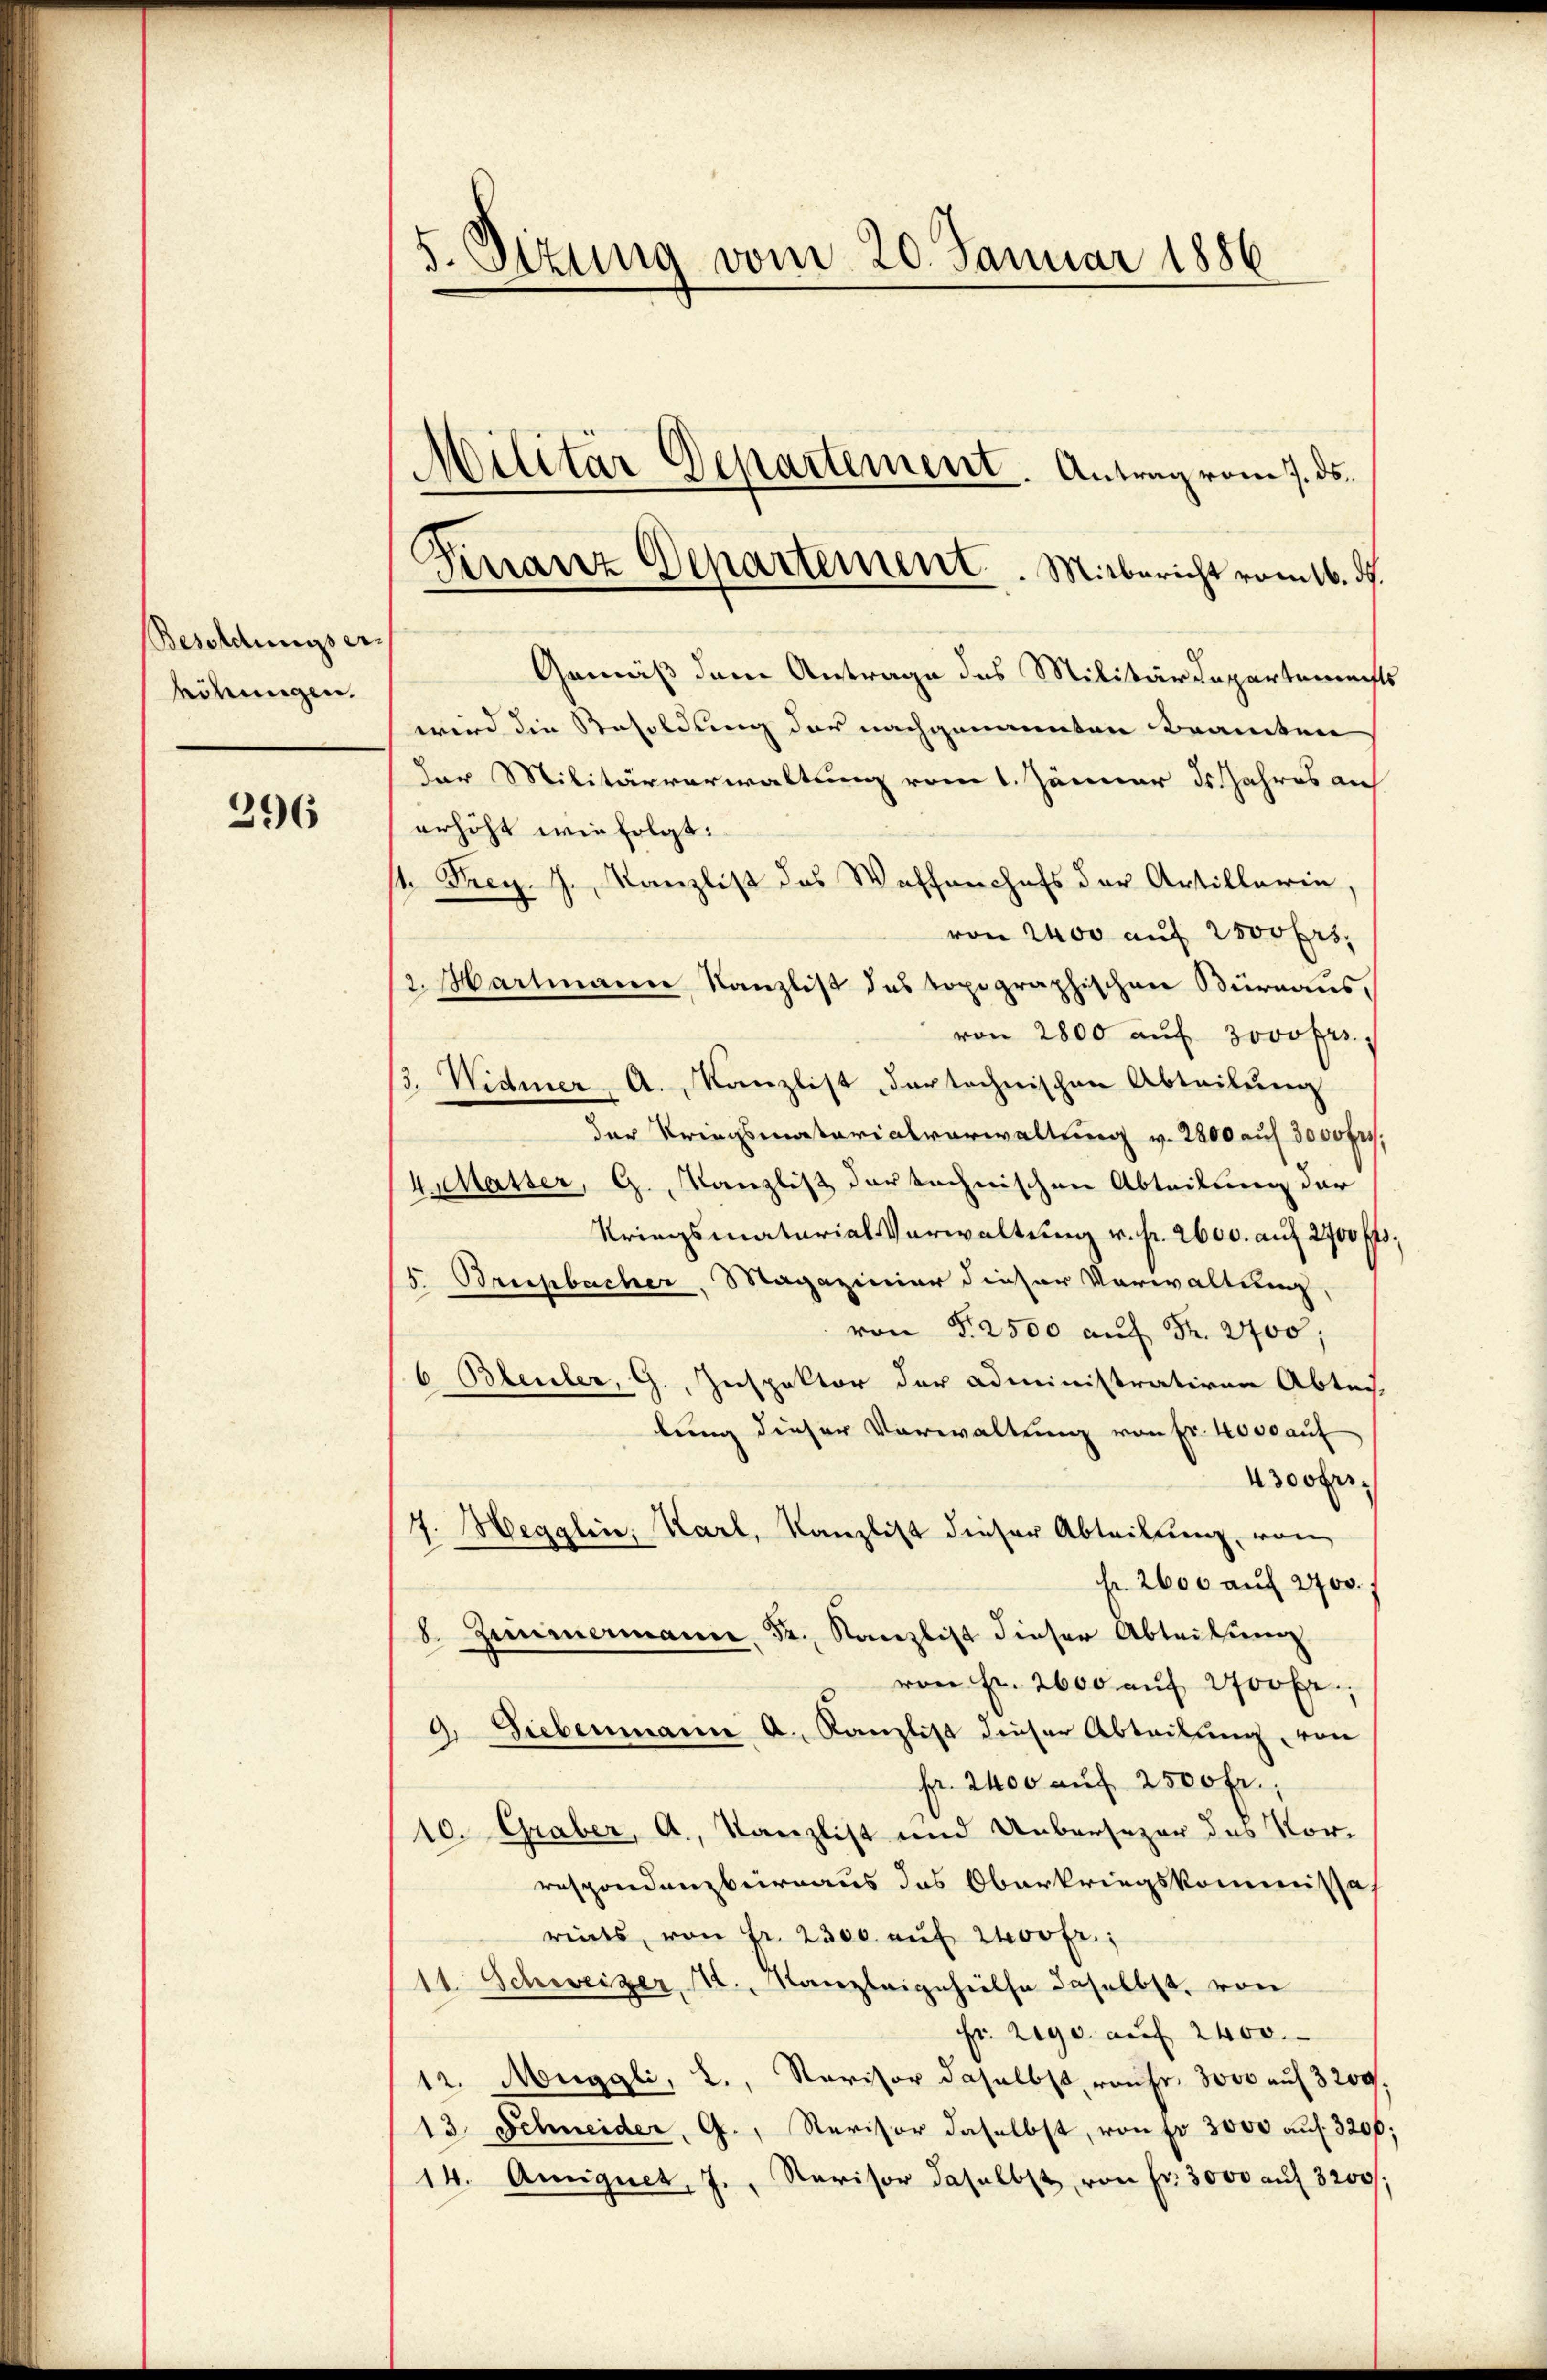
Besoldungser¬
Röhungen.

296

5. Sizung vom 20. Januar 1886

Gemäß dem Antrage des Militärdepartements
wird die Resoldung der nachgenannten Beamten
Der Militärverwaltung vom 1. Jänner ds. Jahres an
erhöht wie folgt:
st. Frey. J. Kanzlist des Waffenchefs der Artillerin,
von 2400 auf 2500 frs.
2. Martmann Kanzlist das topographischen Bürnaus,
von 2800 aŭf Jovofrs,
/3. Widmer, A. Kanzlist dartechnischen Abteilŭng
der Kriegsmatarialverwaltung v. 2800 auf 3000 fr.,
4 Masser, G. Kanzlist der technischen Abteilung der
Kriegsmatarial Verwaltung v. fr. 2600. auf 2700 fl;
5 Brupbacher, Magazinier dieser Verwaltung
von §. 2500 auf Fr. 2700;
6 Bleuler, G., Inspektor der administrativen Abtei-
lung dieser Verwaltung von Fr. 4000 auf
4300 frs.
7. Hegglin, Karl, Kanzlist dieser Abtrittung, von
fr. 2600 auf 2700.
8. Zimmermann Fr. Kanzlist dieser Abteilung
von Fr. 2600 auf 200 Fr.,
2. Siebenmann A. Kanzlist dieser Abteilung, von
fr. 2400 auf 2500 fr.,
10. Graber, A., Kanzlist und Uebersezer des Vor-
respondenzbernaus das Oberkriegskommissas
riats, von Fr. 2300. aŭf 200fr.;
11 Schweizer, .. Kanzleigeheils daselbst, von
Fr. 290. auf 2400.
12. Muggli, L., Revisor daselbst rauhe, 3000 auf 3200
13. Schneider, G., Revisor daselbst, von fr. 3000 auf 3200:
14. Augnet, J., Revisor daselbst von Fr. 3000 auf 3200;

Militär Departement. Antrag vom 7. ds.

Finanz Departement. Mitbericht vom 16. ds.